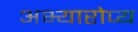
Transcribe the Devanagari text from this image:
अभ्यारोप्य